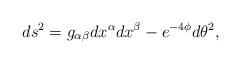
LaTeX: \begin{align*}ds^2 = g_{\alpha \beta} dx^{\alpha} dx^{\beta} - e^{-4 \phi} d \theta^2 ,\end{align*}